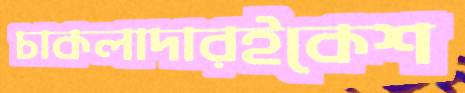
চাকলাদারইকেশ